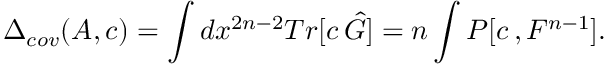
\Delta _ { c o v } ( A , c ) = \int d x ^ { 2 n - 2 } T r [ c \, \hat { G } ] = n \int P [ c \, , F ^ { n - 1 } ] .